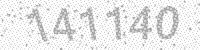
Solution: 141140